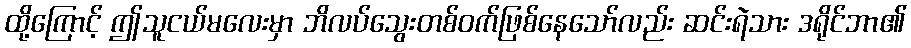
ထို့ကြောင့် ဤသူငယ်မလေးမှာ ဘိလပ်သွေးတစ်ဝက်ဖြစ်နေသော်လည်း ဆင်းရဲသား ဒရိုင်ဘာ၏